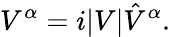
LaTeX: V^{\alpha}=i|V|\hat{V}^{\alpha}.